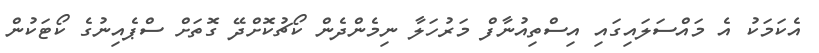
އެކަމަކު އެ މައްސަލައިގައި އިސްތިއުނާފް މަރުހަލާ ނިމެންދެން ކޯޗުކޮށްދޭ ގޮތަށް ސްޕެއިނުގެ ކޯޓަކުން